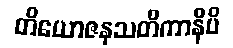
တိယောဇနသတိကာနိပိ